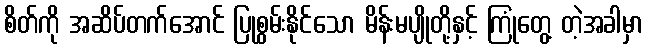
စိတ်ကို အဆိပ်တက်အောင် ပြုစွမ်းနိုင်သော မိန်းမပျိုတို့နှင့် ကြုံတွေ့ တဲ့အခါမှာ